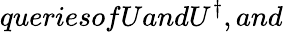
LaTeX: queriesofUandU^{\dagger},and